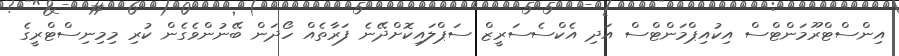
އިންސްޓްރޫމަންޓްސް އިކުއިޕްމަންޓްސް އަދި އެކްސެސަރީޒް ސަޕްލައިކޮށްދޭނެ ފަރާތެއް ހޯދަން ބޭނުންވެގެން ކުރި މިމިނިސްޓްރީގެ